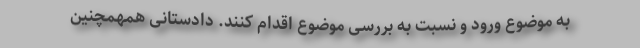
به موضوع ورود و نسبت به بررسی موضوع اقدام کنند. دادستانی همهمچنین